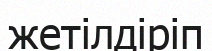
жетілдіріп